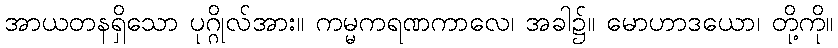
အာယတနရှိသော ပုဂ္ဂိုလ်အား။ ကမ္မကရဏကာလေ၊ အခါ၌။ မောဟာဒယော၊ တို့ကို။